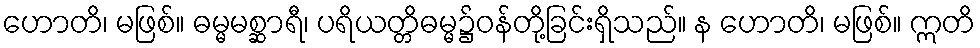
ဟောတိ၊ မဖြစ်။ ဓမ္မမစ္ဆာရီ၊ ပရိယတ္တိဓမ္မ၌ဝန်တို့ခြင်းရှိသည်။ န ဟောတိ၊ မဖြစ်။ ဣတိ